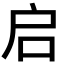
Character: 启